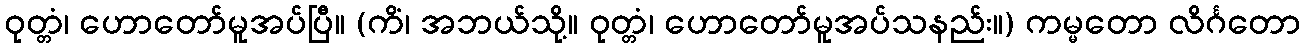
ဝုတ္တံ၊ ဟောတော်မူအပ်ပြီ။ (ကိံ၊ အဘယ်သို့။ ဝုတ္တံ၊ ဟောတော်မူအပ်သနည်း။) ကမ္မတော လိင်္ဂတော